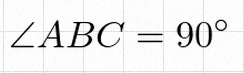
\angle ABC=90^\circ